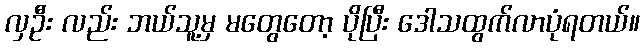
လှဦး လည်း ဘယ်သူ့မှ မတွေတော့ ပိုပြီး ဒေါသထွက်လာပုံရတယ်။